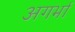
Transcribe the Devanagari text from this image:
अगर्भा